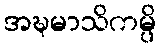
အဍ္ဎမာသိကမ္ပိ